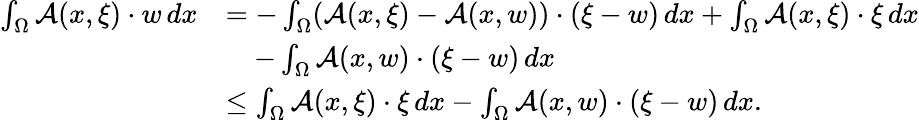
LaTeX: \begin{array}{rl}{\int_{\Omega}{\mathcal{A}}(x,\xi)\cdot w\, dx}&{=-\int_{\Omega}({\mathcal{A}}(x,\xi)-{\mathcal{A}}(x,w))\cdot(\xi-w)\, dx+\int_{\Omega}{\mathcal{A}}(x,\xi)\cdot\xi\, dx}\\ &{\quad-\int_{\Omega}{\mathcal{A}}(x,w)\cdot(\xi-w)\, dx}\\ &{\leq\int_{\Omega}{\mathcal{A}}(x,\xi)\cdot\xi\, dx-\int_{\Omega}{\mathcal{A}}(x,w)\cdot(\xi-w)\, dx.}\end{array}